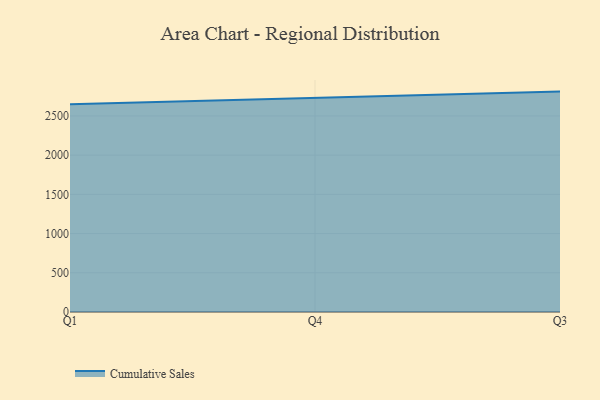
{"axis": {"x": "Quarter", "y": "Churn Rate (%)"}, "legend": ["Cumulative Sales"], "data": [{"x": "Q1", "y": 2648.3, "type": "Cumulative Sales"}, {"x": "Q4", "y": 2725.8, "type": "Cumulative Sales"}, {"x": "Q3", "y": 2810.4, "type": "Cumulative Sales"}]}